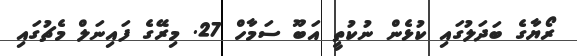
ރޯޔާގެ ބަދަލުގައި ކުޅެން ނުކުތީ އަބޫ ސަމާހް 27. މިރޭގެ ފައިނަލް މެޗުގައި